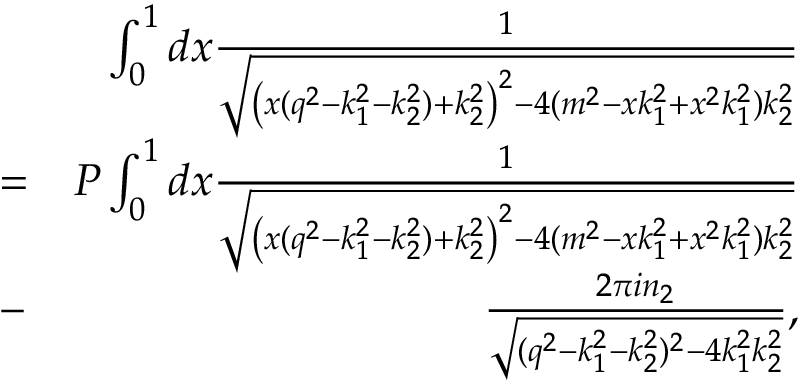
\begin{array} { r l r } & { } & { \int _ { 0 } ^ { 1 } d x \frac { 1 } { \sqrt { \left( x ( q ^ { 2 } - k _ { 1 } ^ { 2 } - k _ { 2 } ^ { 2 } ) + k _ { 2 } ^ { 2 } \right) ^ { 2 } - 4 ( m ^ { 2 } - x k _ { 1 } ^ { 2 } + x ^ { 2 } k _ { 1 } ^ { 2 } ) k _ { 2 } ^ { 2 } } } } \\ & { = } & { P \int _ { 0 } ^ { 1 } d x \frac { 1 } { \sqrt { \left( x ( q ^ { 2 } - k _ { 1 } ^ { 2 } - k _ { 2 } ^ { 2 } ) + k _ { 2 } ^ { 2 } \right) ^ { 2 } - 4 ( m ^ { 2 } - x k _ { 1 } ^ { 2 } + x ^ { 2 } k _ { 1 } ^ { 2 } ) k _ { 2 } ^ { 2 } } } } \\ & { - } & { \frac { 2 \pi i n _ { 2 } } { \sqrt { ( q ^ { 2 } - k _ { 1 } ^ { 2 } - k _ { 2 } ^ { 2 } ) ^ { 2 } - 4 k _ { 1 } ^ { 2 } k _ { 2 } ^ { 2 } } } , } \end{array}